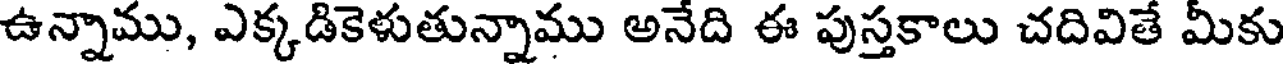
ఉన్నాము, ఎక్కడికెళుతున్నాము అనేది ఈ పుస్తకాలు చదివితే మీకు